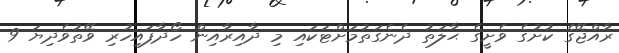
ރާއްޖޭގެ ކުށުގެ ވެށީގެ ޙާލަތު ދެނެގަތުމަށްޓަކައި މި ދާއިރާއިން ހޯދާފައިހުރި ވޭތުވެދިޔަ 9